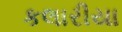
કલારીયા